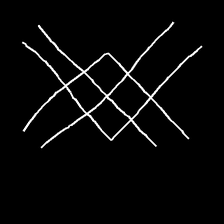
Glyph: crystal